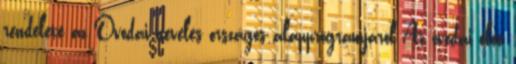
rendelete az Óvodai nevelés országos alapprogramjáról Az óvodai élet